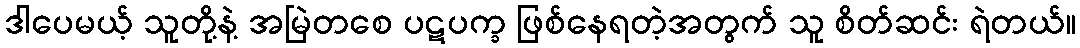
ဒါပေမယ့် သူတို့နဲ့ အမြဲတစေ ပဋပက္ခ ဖြစ်နေရတဲ့အတွက် သူ စိတ်ဆင်း ရဲတယ်။